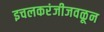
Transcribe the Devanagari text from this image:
इचलकरंजीजवळून